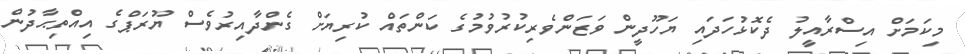
މިކަމަށް އިސްރާއީލު ދެކޮޅުހަދައި ޔަހޫދީން ވަޒަންވެރިކުރުވުމުގެ ކަންތައް ކުރިޔަށް ގެންދާއިރުވެސް ޔޫރަޕްގެ އިއްތިޙާދުން